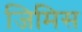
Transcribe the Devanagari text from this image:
जिमिस